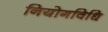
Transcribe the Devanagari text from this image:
नियोगविधि